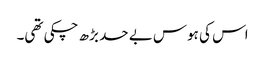
اس کی ہوس بے حد بڑھ چکی تھی۔